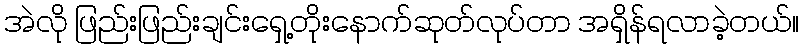
အဲလို ဖြည်းဖြည်းချင်းရှေ့တိုးနောက်ဆုတ်လုပ်တာ အရှိန်ရလာခဲ့တယ်။